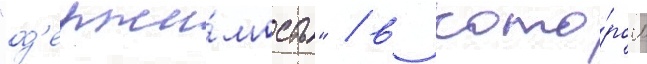
"од'ержи́мость" / в кото́ром